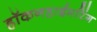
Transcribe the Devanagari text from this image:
हॉकनहाईमरिंग